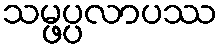
သမ္ဖပ္ပလာပဿ